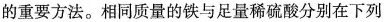
的重要方法。相同质量的铁与足量稀硫酸分别在下列